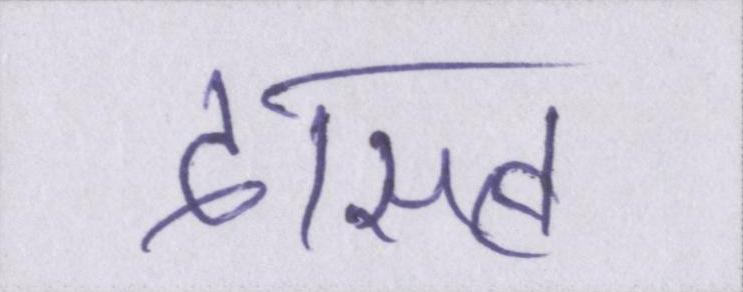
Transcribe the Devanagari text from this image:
दासत्व